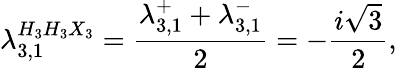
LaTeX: \lambda_{3,1}^{H_{3}H_{3}X_{3}}=\frac{\lambda_{3,1}^{+}+\lambda_{3,1}^{-}}{2}=-\frac{i\sqrt{3}}{2},